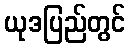
ယုဒပြည်တွင်